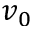
v _ { 0 }